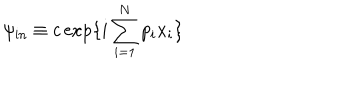
LaTeX: \psi _ { \mathrm { i n } } \equiv c \exp \{ i \sum _ { i = 1 } ^ { N } p _ { i } x _ { i } \} \, \,